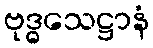
ဗုဒ္ဓသေဋ္ဌာနံ